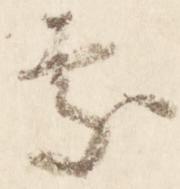
処